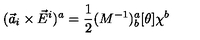
( { \vec { a } } _ { i } \times { \vec { E } } ^ { i } ) ^ { a } = \frac { 1 } { 2 } ( M ^ { - 1 } ) _ { b } ^ { a } [ \theta ] \chi ^ { b }